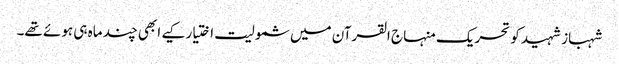
شہباز شہید کو تحریک منہاج القرآن میں شمولیت اختیار کیے ابھی چند ماہ ہی ہوئے تھے۔